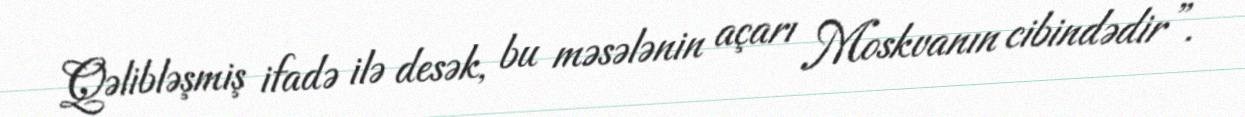
Qəlibləşmiş ifadə ilə desək, bu məsələnin açarı Moskvanın cibindədir”.